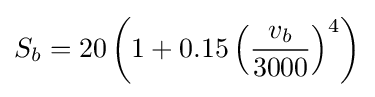
S_{b}=20\left({1+0.15\left({\frac {v_{b}}{3000}}\right)^{4}}\right)